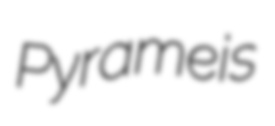
Pyrameis